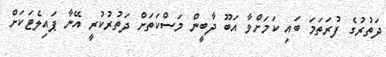
ދަތުރުގެ ފުރަތަމަ ބައި ކަމަށްވާ އަބޫ ދާބީން މަސްކަތަށް ދަތުރުކުރީ އޭނާ ޕައިލެޓަކަށް